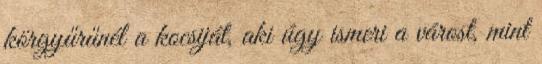
körgyűrűnél a kocsiját, aki úgy ismeri a várost, mint